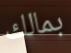
بمالك